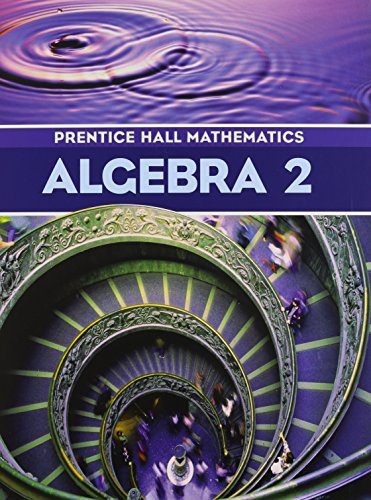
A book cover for Prentice-Hall Mathematics: Algebra 2; Randall I.;Bragg, Sadie Chavis;Handlin, William G. Kennedy Dan;Charles; Teen & Young Adult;